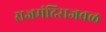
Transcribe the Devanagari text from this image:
राजमंदिराजवळ